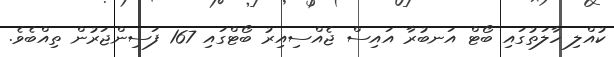
ކުއްލި ހާލަތުގައި ބޯޓް އަނބުރާ އައިސް ޖެއްސިއިރު ބޯޓްގައި 167 ފަސިންޖަރުން ތިއްބެވެ.